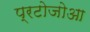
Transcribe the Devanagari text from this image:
प्रटोजोआ